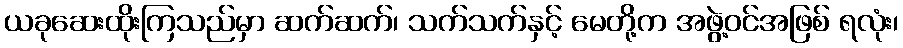
ယခုဆေးထိုးကြသည်မှာ ဆက်ဆက်၊ သက်သက်နှင့် မေတို့က အဖွဲ့ဝင်အဖြစ် ရလုံး၊